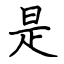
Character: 是